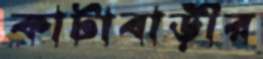
কাটাবাড়ীর